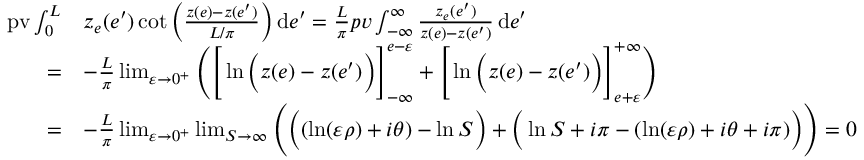
\begin{array} { r l } { \mathrm { p v } \int _ { 0 } ^ { L } } & { z _ { e } ( e ^ { \prime } ) \cot \Big ( \frac { z ( e ) - z ( e ^ { \prime } ) } { L / \pi } \Big ) \, \mathrm { d } e ^ { \prime } = \frac { L } { \pi } p v \int _ { - \infty } ^ { \infty } \frac { z _ { e } ( e ^ { \prime } ) } { z ( e ) - z ( e ^ { \prime } ) } \, \mathrm { d } e ^ { \prime } } \\ { = } & { - \frac { L } { \pi } \operatorname* { l i m } _ { \varepsilon \to 0 ^ { + } } \Bigg ( \Bigg [ \ln \Big ( z ( e ) - z ( e ^ { \prime } ) \Big ) \Bigg ] _ { - \infty } ^ { e - \varepsilon } + \Bigg [ \ln \Big ( z ( e ) - z ( e ^ { \prime } ) \Big ) \Bigg ] _ { e + \varepsilon } ^ { + \infty } \Bigg ) } \\ { = } & { - \frac { L } { \pi } \operatorname* { l i m } _ { \varepsilon \to 0 ^ { + } } \operatorname* { l i m } _ { S \to \infty } \Bigg ( \Big ( ( \ln ( \varepsilon \rho ) + i \theta ) - \ln S \Big ) + \Big ( \ln S + i \pi - ( \ln ( \varepsilon \rho ) + i \theta + i \pi ) \Big ) \Bigg ) = 0 } \end{array}